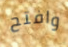
وافتح